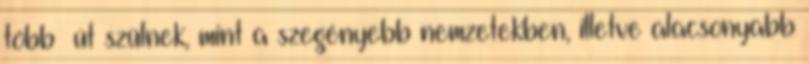
több ﬁút szülnek, mint a szegényebb nemzetekben, illetve alacsonyabb